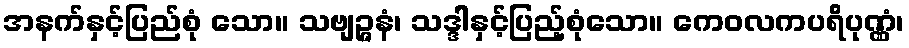
အနက်နှင့်ပြည်စုံ သော။ သဗျဉ္ဇနံ၊ သဒ္ဒါနှင့်ပြည့်စုံသော။ ကေဝလကပရိပုဏ္ဏံ၊